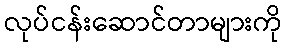
လုပ်ငန်းဆောင်တာများကို